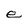
Character: e